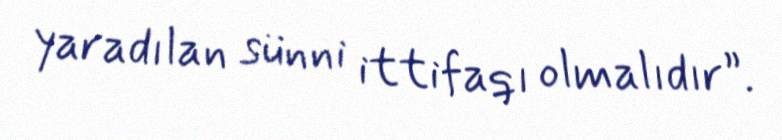
yaradılan sünni ittifaqı olmalıdır”.